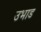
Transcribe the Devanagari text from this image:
उभाड